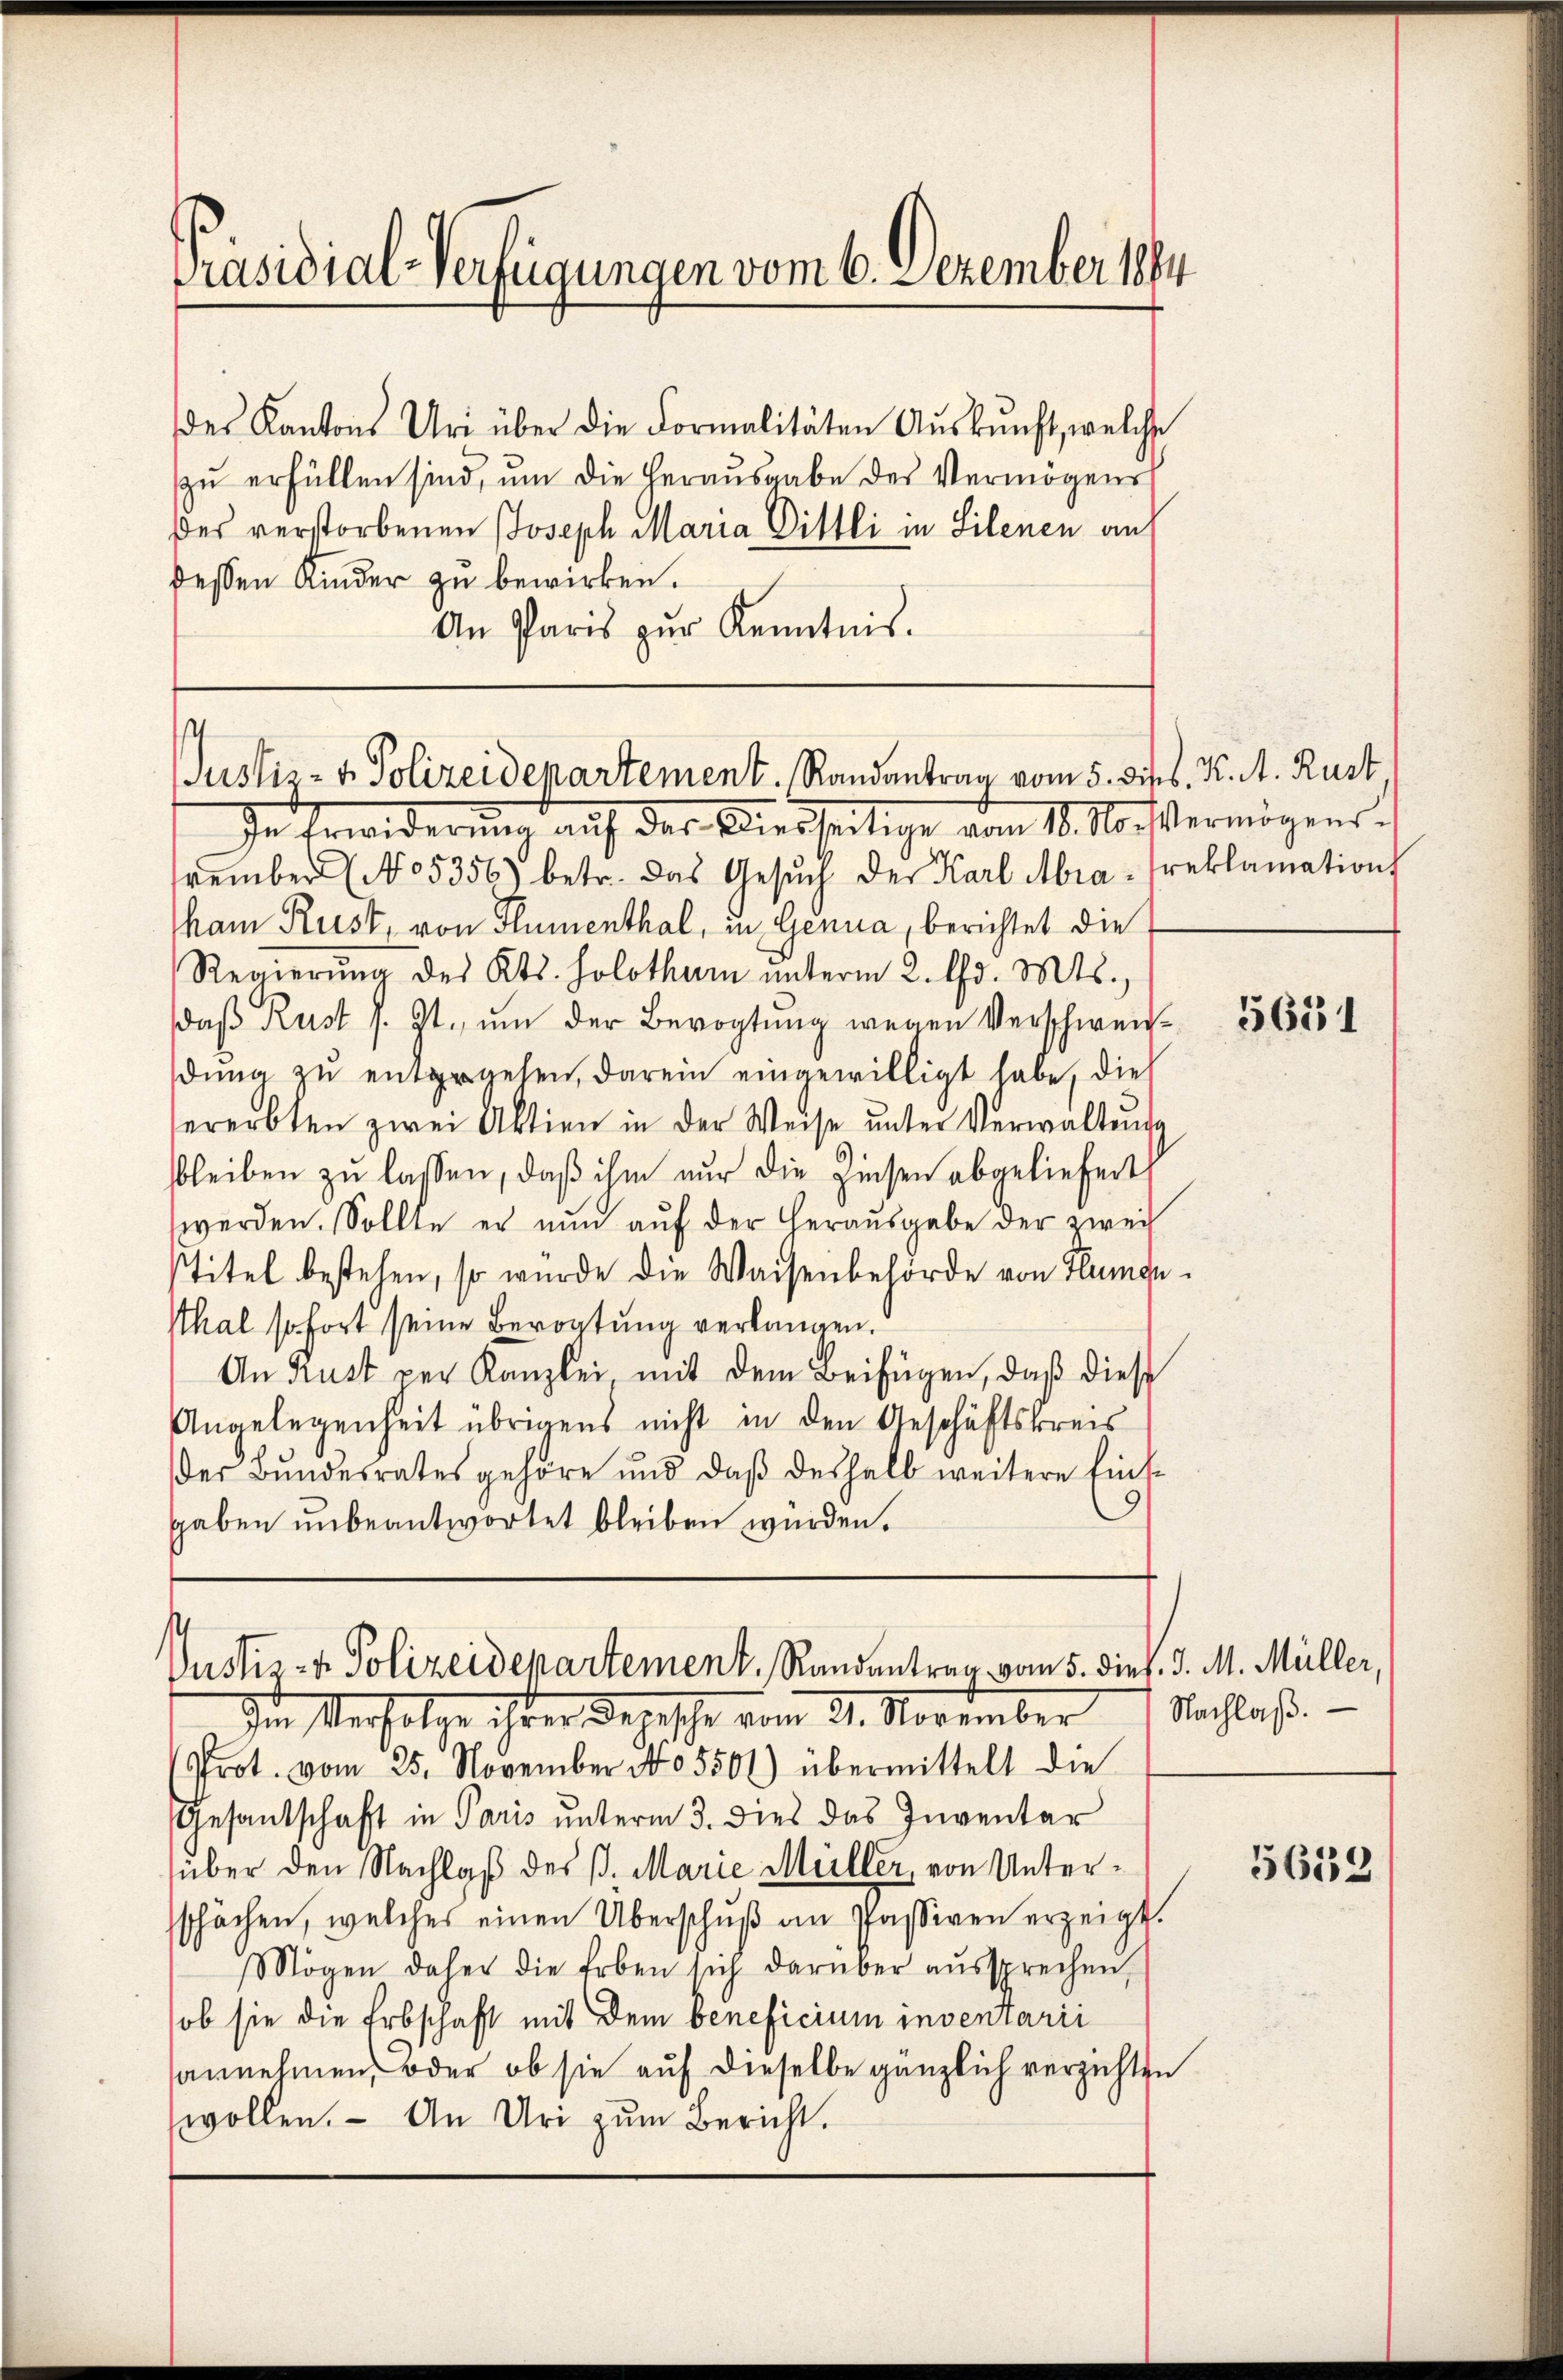
Präsidial-Verfügungen vom 6. Dezember 1891

des Kantons Uri über die Formalitäten Aŭskŭnft, welche
zŭ erfüllen sind, ŭm die herausgabe des Vermögens
des verstorbenen Joseph Maria Dittli in Silenen au
dessen Kinder zu bewirken.
An Paris zŭr Kenntnis.

Justiz- & Polizeidepartement. Randantrag vom 5. dies. K. A. Rust

In Erwiderung auf der Wiesseitige vom 10. M. Vermögens.
vember No 5356) betr. das Gesŭch der Karl Mra-Preklamation
ham Rust, von Flumenthal, in Genua, berichtet die
Regierŭng des Kts. Solothurn ŭnterm 2. d. Mts.,
daß Rust s. Zt. um der Bevogtung wegen Verschweidŭng zŭ entgegehen, darein eingewilligt habe, dies
ererbten zwei Aktien in der Weise ŭnter Verwaltŭng
bleiben zŭ lassen, daβ ihm nur die Zinsen abgeliefert
werden. Sollte er nun auf der Herausgabe der zwei
stitel bestehen, so würde die Waisenbehörde von Flumgethal sofort seine Bevogtung verlangen.
An Kust per Kanzlei mit dem Beifügen, daß diese
Angelegenheit übrigens nicht in den Geschäftskreis
der Bŭndesrates gehöre und daβ deshalb weitere Eins-
gaben unbeantwortet bleiben würden.

Vustiz- & Polizeidepartement, Randantrag vom 5. dies. d. M. Müller,
Die Verfolge ihrer Denische vom 21. November Nachlaβ.

Prot. vom 25. November No 05501) übermittelt die
Gesandschaft in Paris unterm 3. dies das Inventar
süber den Nachlaß des B. Marie Müller, von Unterschächen, welches einen Überschuß an Passiven erzeigt.
Mögen daher die Erben sich darüber aŭssprechen,
ob sie die Erbschaft mit dem beneficium inventarii
annehmen, oder ob sie auf dieselbe gänzlich verzichten
wollen. An Uri zum Bericht.

5651

5612